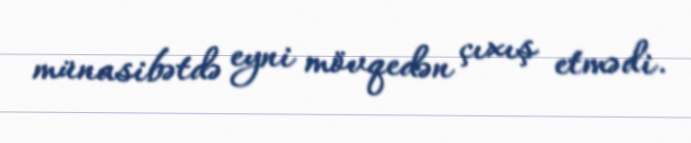
münasibətdə eyni mövqedən çıxış etmədi.